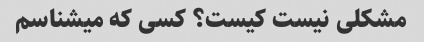
مشکلی نیست کیست؟ کسی که میشناسم